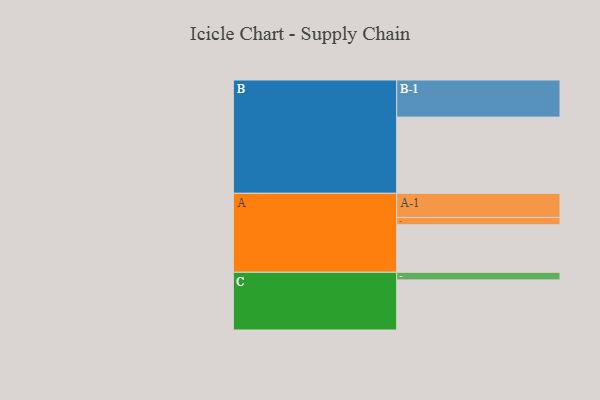
{"axis": {"x": "Segment", "y": "Value"}, "legend": ["", "A", "B", "C"], "data": [{"x": "A", "y": 362, "type": ""}, {"x": "B", "y": 581, "type": ""}, {"x": "C", "y": 382, "type": ""}, {"x": "A-1", "y": 184, "type": "A"}, {"x": "A-2", "y": 56, "type": "A"}, {"x": "B-1", "y": 283, "type": "B"}, {"x": "C-1", "y": 58, "type": "C"}]}